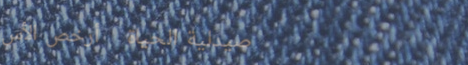
صيدلية الحياة   أرخص الأس